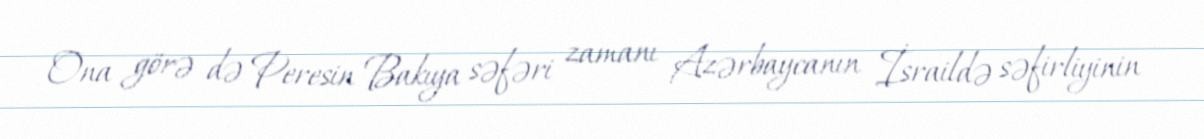
Ona görə də Peresin Bakıya səfəri zamanı Azərbaycanın İsraildə səfirliyinin